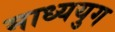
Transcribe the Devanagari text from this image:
माध्ययुग